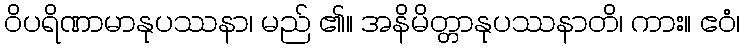
ဝိပရိဏာမာနုပဿနာ၊ မည် ၏။ အနိမိတ္တာနုပဿနာတိ၊ ကား။ ဧဝံ၊